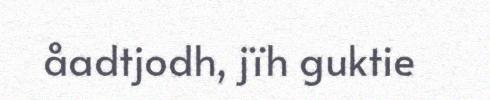
åadtjodh, jïh guktie